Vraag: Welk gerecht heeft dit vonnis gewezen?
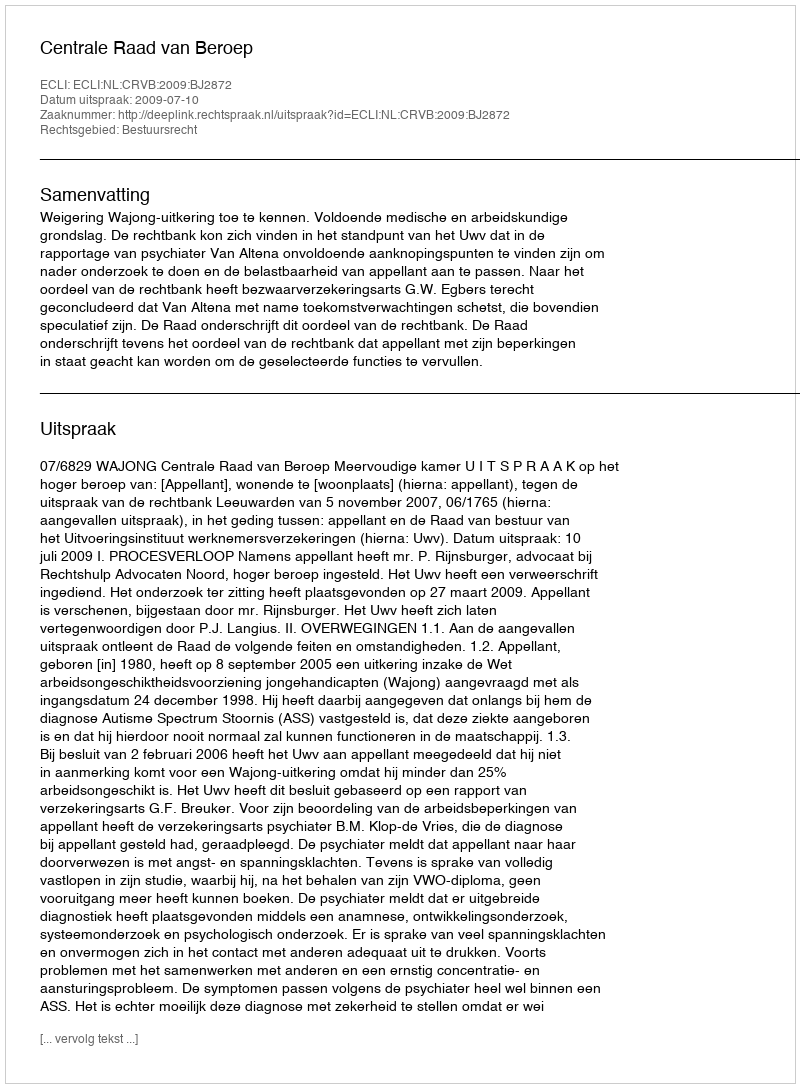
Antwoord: Centrale Raad van Beroep